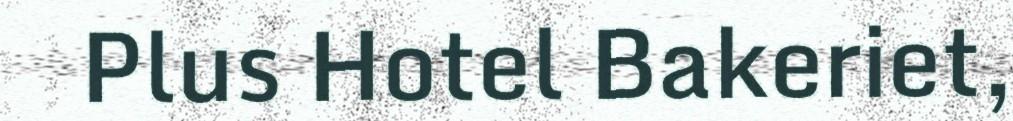
Plus Hotel Bakeriet,